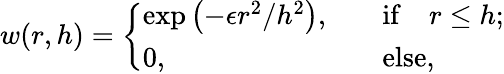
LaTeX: w(r,h)=\left\{ \begin{array}{lll}{\exp\left(-\epsilon r^{2}/h^{2}\right),}&{\quad\mathrm{if}\quad r\leq h;}\\ {0,}&{\quad\mathrm{else},}\end{array}\right.